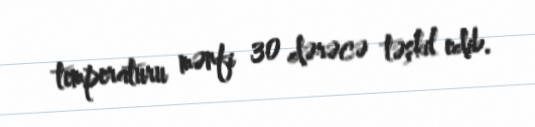
temperaturu mənfi 30 dərəcə təşkil edib.